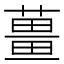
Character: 𬞏